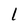
Character: l